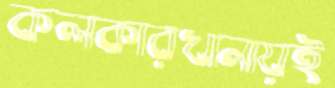
কলকারখানায়ই